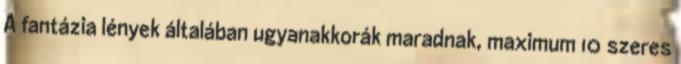
A fantázia lények általában ugyanakkorák maradnak, maximum 10 szeres